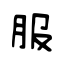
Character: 服